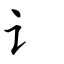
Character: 讠